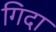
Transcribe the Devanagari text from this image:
गिदा